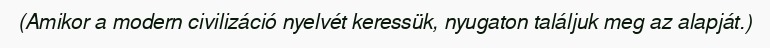
(Amikor a modern civilizáció nyelvét keressük, nyugaton találjuk meg az alapját.)